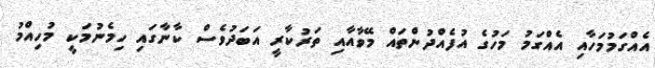
އެއްގަމުމަހާއި އެއްގަމު މަހުގެ އުފެއްދުންތައް މޭވާއާއި ތަރުކާރީ އަބަދުވެސް ކާނާގައި ހިމެނުމަކީ މުހިއްމު